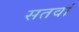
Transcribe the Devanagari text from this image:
सतवां